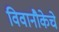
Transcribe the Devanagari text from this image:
विवानौकेचे